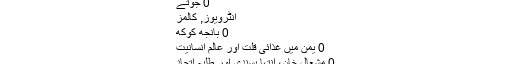
اپنے ایک انٹر
0 جوتے
انٹرویوز, کالمز
0 بانجھ کوکھ
0 یمن میں غذائی قلت اور عالم انسانیت
0 مشعال خان، انتہا پسندی اور طلبہ اتحاد
0 مشعال خان سانحہ، حقائق اور سبق